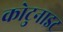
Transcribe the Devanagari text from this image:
कोटुनाइट